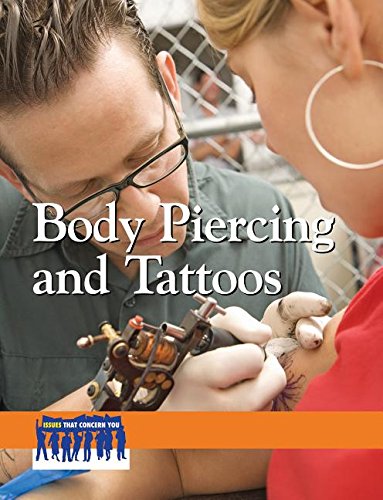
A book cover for Body Piercing and Tattoos (Issues that Concern You); Hester Furey; Teen & Young Adult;